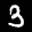
Label: 3